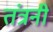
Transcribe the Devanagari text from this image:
तंत्रनी